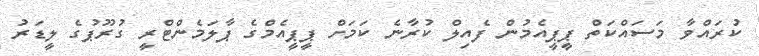
ކުރައްވާ މަސައްކަތް ޕީޕީއެމުން ފެއިލް ކުރާނެ ކަމަށް ޕީޕީއެމްގެ ޕާލަމެންޓްރީ ގުރޫޕުގެ ލީޑަރު